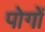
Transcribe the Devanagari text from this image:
पोगों